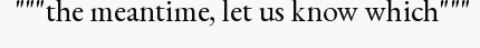
"""the meantime, let us know which"""